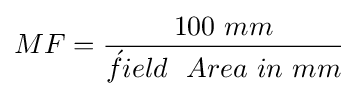
MF={{100\ mm} \over {\acute {f}}ield\ \ Area\ in\ mm}